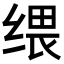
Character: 𦈓